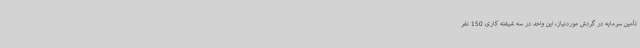
تأمین سرمایه در گردش موردنیاز، این واحد در سه شیفته کاری 150 نفر